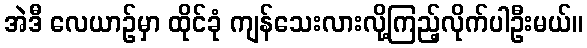
အဲဒီ လေယာဉ်မှာ ထိုင်ခုံ ကျန်သေးလားလို့ကြည့်လိုက်ပါဦးမယ်။